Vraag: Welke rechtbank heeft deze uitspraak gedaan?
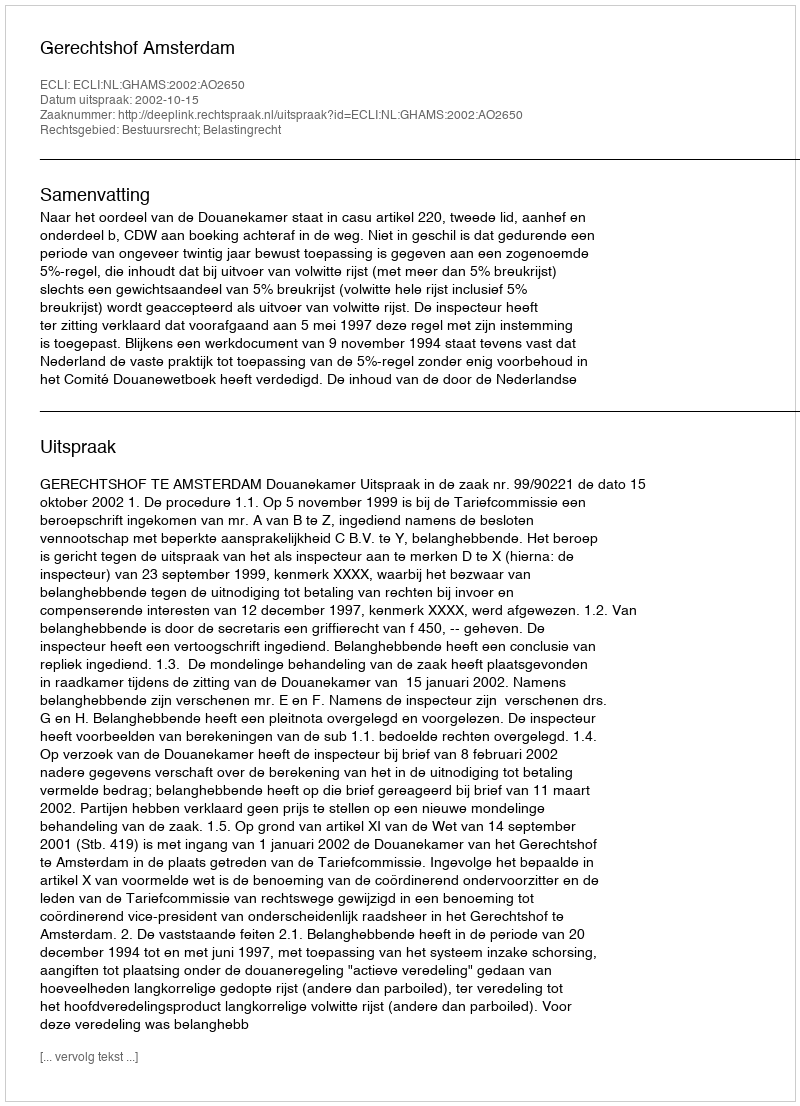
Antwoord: Gerechtshof Amsterdam